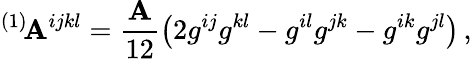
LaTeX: {}^{(1)}\! \mathbf{A}^{ijkl}=\frac{{\mathbf{A}}}{{12}}\left(2g^{ij}g^{kl}-g^{il}g^{jk}-g^{ik}g^{jl}\right)\, ,